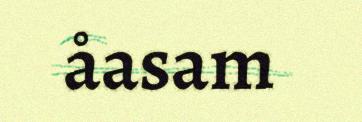
åasam